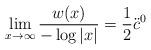
LaTeX: \begin{align*}\lim_{x\to \infty} \frac{w(x)}{- \log|x|} = \frac1 2 \ddot c^0 \end{align*}